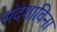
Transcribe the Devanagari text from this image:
संदेशाविना